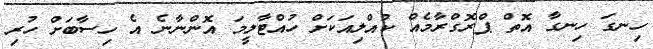
ހިނގަ ހިނގާ އޮތް ޕްރޮގްރާމެއް ކުއްލިއަކަށް ހުއްޓާލީމަ އޮންނާނެ އެ ހިސާބަށް ހުރި